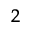
_ 2